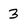
Character: 3